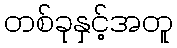
တစ်ခုနှင့်အတူ